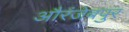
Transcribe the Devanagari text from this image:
औरंजेबपुर